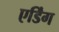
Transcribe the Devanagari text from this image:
एर्डिंग